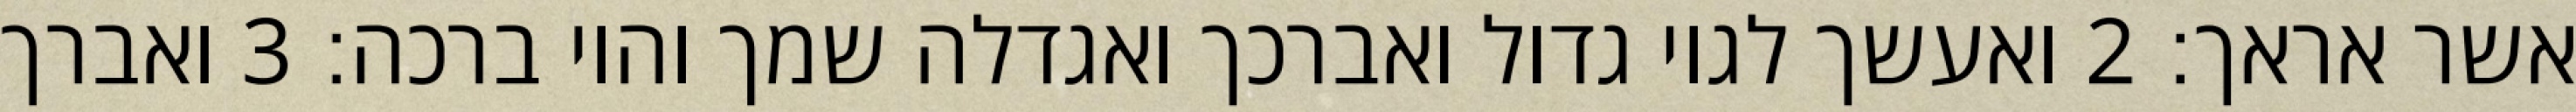
אשר אראך׃ ‎2‏ ואעשך לגוי גדול ואברכך ואגדלה שמך והוי ברכה׃ ‎3‏ ואברך